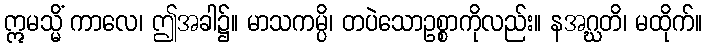
ဣမသ္မိံ ကာလေ၊ ဤအခါ၌။ မာသကမ္ပိ၊ တပဲသောဥစ္စာကိုလည်း။ နအဂ္ဃတိ၊ မထိုက်။